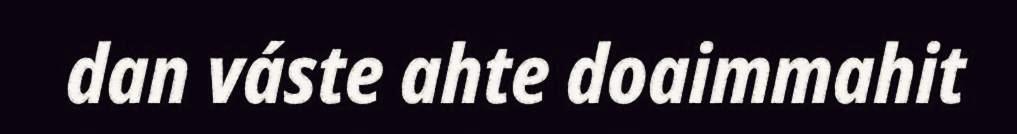
dan váste ahte doaimmahit